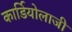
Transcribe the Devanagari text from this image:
कार्डियोलाजी